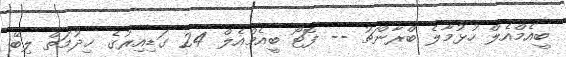
ބީއެމްއެލް ހުޅުމާލެ ބްރާންޗު -- ފޮޓޯ ބީއެމްއެލް 24 ގަޑިއިރުގެ ޚިދުމަތް ލިބޭ